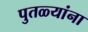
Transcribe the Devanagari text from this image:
पुतळ्यांना